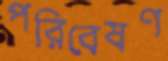
পরিবেষণ